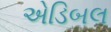
એડિબલ